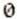
0